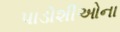
પાડોશીઓના